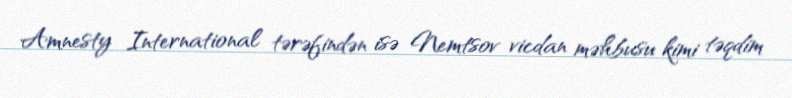
Amnesty International tərəfindən isə Nemtsov vicdan məhbusu kimi təqdim